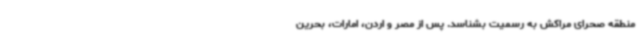
منطقه صحرای مراکش به رسمیت بشناسد. پس از مصر و اردن، امارات، بحرین